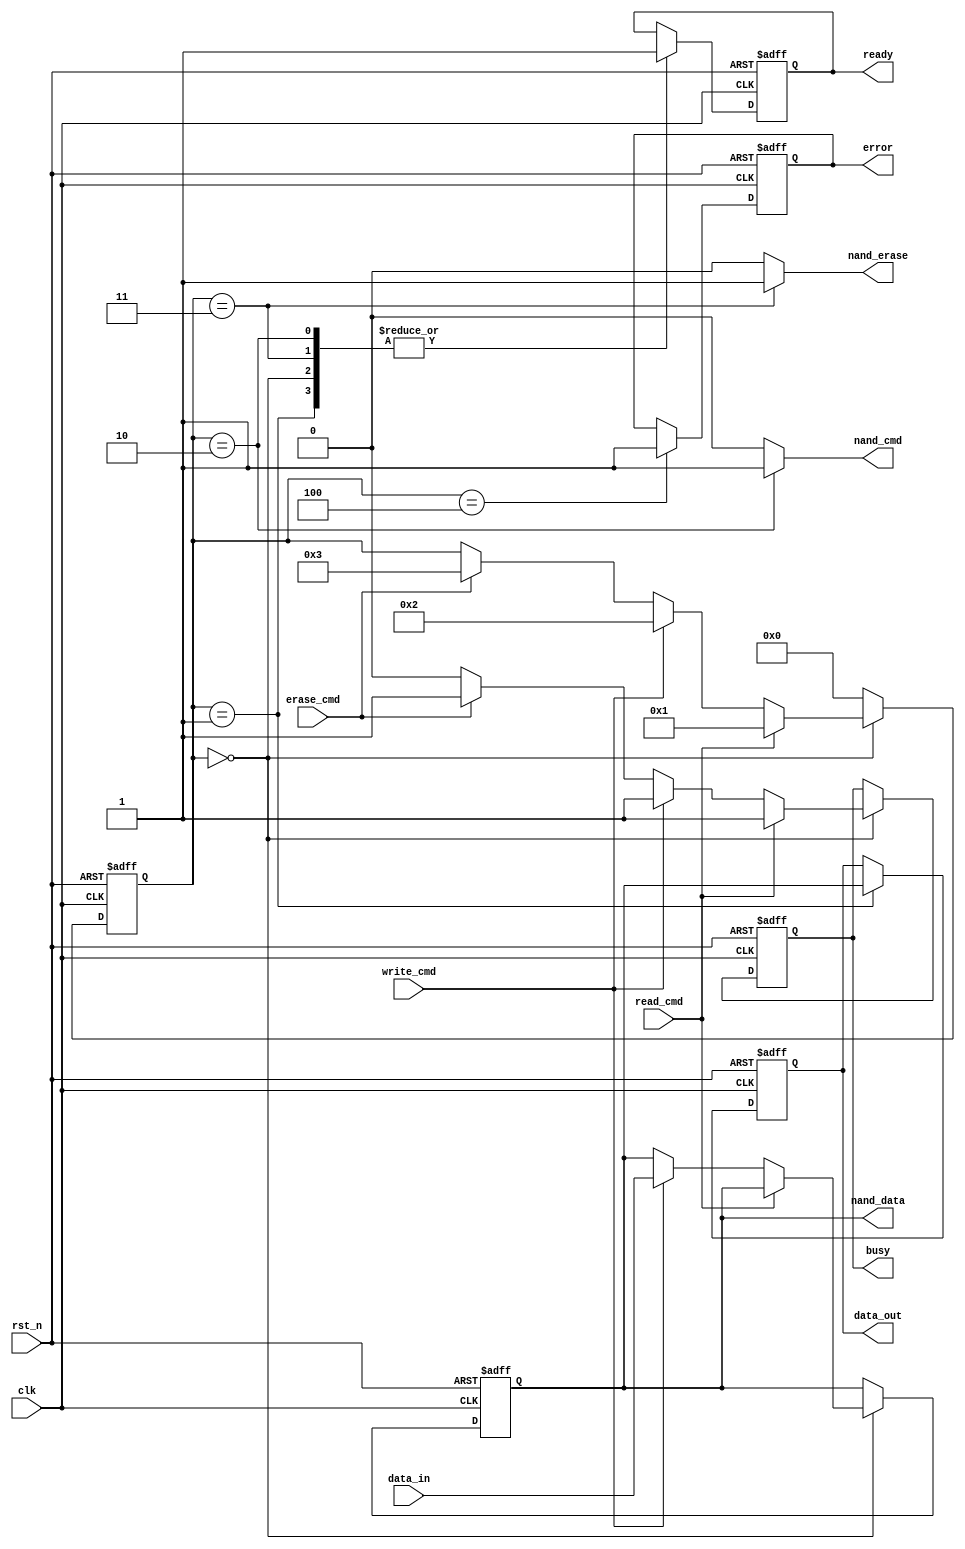
module TLC_NAND_IO (
    input wire clk,                // Clock input
    input wire rst_n,              // Active low reset
    input wire [7:0] data_in,      // Data input from the controller
    input wire read_cmd,           // Read command signal
    input wire write_cmd,          // Write command signal
    input wire erase_cmd,          // Erase command signal
    output reg [7:0] data_out,     // Data output to the controller
    output reg busy,               // Busy status signal
    output reg ready,              // Ready status signal
    output reg error,              // Error status signal
    output wire [7:0] nand_data,   // Data to/from NAND array
    output wire nand_cmd,          // Command to NAND array
    output wire nand_erase         // Erase signal to NAND array
);

// Internal signals
reg [7:0] data_buffer;             // Data buffer for read/write operations
reg [3:0] state;                   // State machine for control logic
reg nand_ready;                    // NAND ready signal

// State encoding
localparam IDLE        = 4'b0000;
localparam READ        = 4'b0001;
localparam WRITE       = 4'b0010;
localparam ERASE       = 4'b0011;
localparam ERROR       = 4'b0100;

// Voltage level shifter (example)
assign nand_data = data_buffer; // Directly connect for simplicity
assign nand_cmd = (state == WRITE) ? 1'b1 : 1'b0; // Example command signal
assign nand_erase = (state == ERASE) ? 1'b1 : 1'b0; // Example erase signal

// Control Logic
always @(posedge clk or negedge rst_n) begin
    if (!rst_n) begin
        state <= IDLE;
        busy <= 1'b0;
        ready <= 1'b1;
        error <= 1'b0;
        data_out <= 8'b0;
        data_buffer <= 8'b0;
    end else begin
        case (state)
            IDLE: begin
                busy <= 1'b0;
                ready <= 1'b1;
                if (read_cmd) begin
                    state <= READ;
                    busy <= 1'b1;
                end else if (write_cmd) begin
                    state <= WRITE;
                    busy <= 1'b1;
                    data_buffer <= data_in; // Load data for writing
                end else if (erase_cmd) begin
                    state <= ERASE;
                    busy <= 1'b1;
                end
            end

            READ: begin
                // Simulate read operation
                data_out <= nand_data; // Read from NAND
                ready <= 1'b1;
                state <= IDLE;
            end

            WRITE: begin
                // Simulate write operation
                // Here you would implement the actual write logic to NAND
                // For simplicity, we just go back to IDLE
                ready <= 1'b1;
                state <= IDLE;
            end

            ERASE: begin
                // Simulate erase operation
                // Here you would implement the actual erase logic to NAND
                // For simplicity, we just go back to IDLE
                ready <= 1'b1;
                state <= IDLE;
            end

            ERROR: begin
                // Handle error state
                error <= 1'b1;
                state <= IDLE;
            end

            default: state <= IDLE;
        endcase
    end
end

endmodule